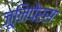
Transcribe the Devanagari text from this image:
जूनिपेरस